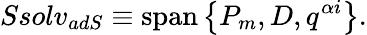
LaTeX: Ssolv_{adS}\equiv\mathrm{span}\left\{ P_{m},D,q^{\alpha i}\right\} .